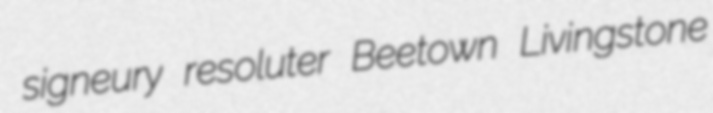
signeury resoluter Beetown Livingstone